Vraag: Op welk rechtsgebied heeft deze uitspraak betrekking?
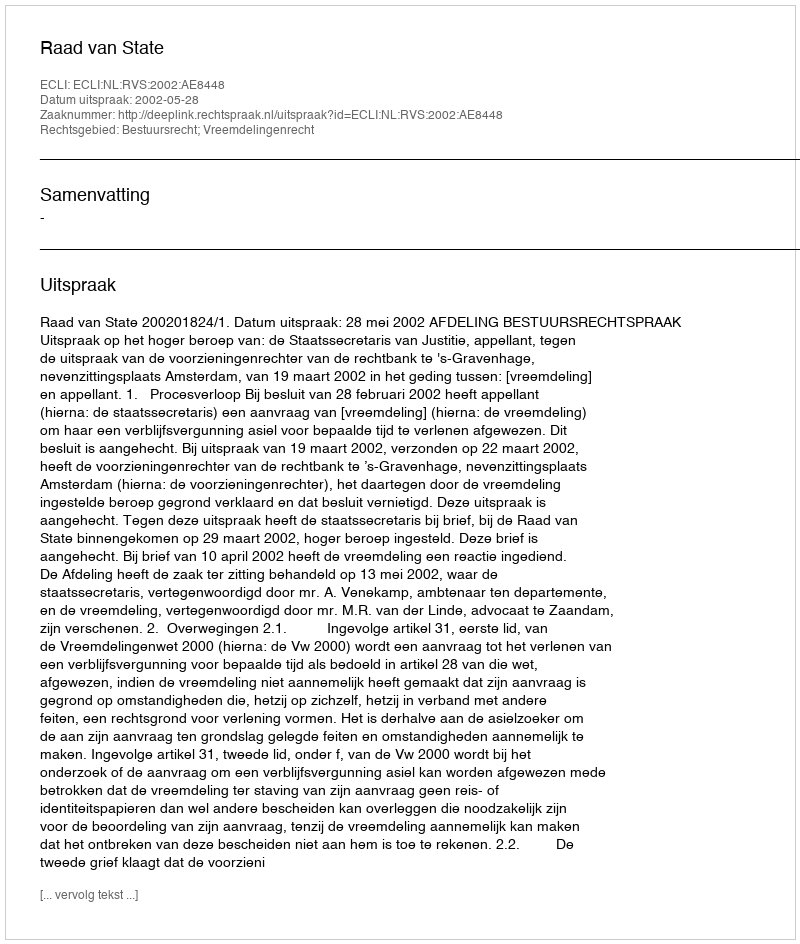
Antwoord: Bestuursrecht; Vreemdelingenrecht